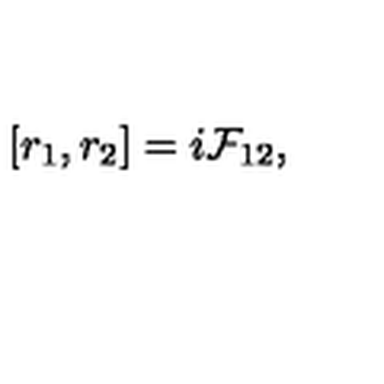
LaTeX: [ r _ { 1 } , r _ { 2 } ] = i { \cal F } _ { 1 2 } ,